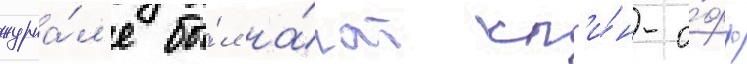
журна́л'е бы́л на́чат сп'и́н-о́фф